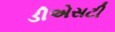
ડીએસટી